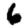
Digit: 6